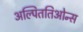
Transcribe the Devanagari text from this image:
अल्पिततिओन्स